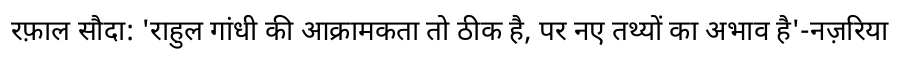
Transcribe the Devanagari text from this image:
रफ़ाल सौदा: 'राहुल गांधी की आक्रामकता तो ठीक है, पर नए तथ्यों का अभाव है'-नज़रिया